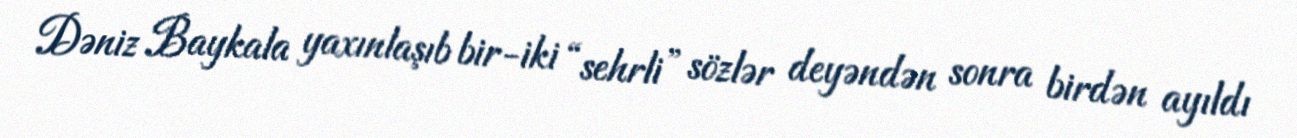
Dəniz Baykala yaxınlaşıb bir-iki “sehrli” sözlər deyəndən sonra birdən ayıldı